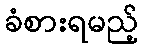
ခံစားရမည့်